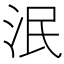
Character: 泯